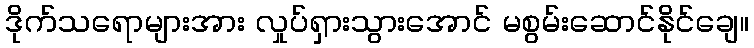
ဒိုက်သရောများအား လှုပ်ရှားသွားအောင် မစွမ်းဆောင်နိုင်ချေ။